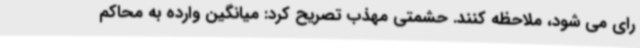
رای می شود، ملاحظه کنند. حشمتی مهذب تصریح کرد: میانگین وارده به محاکم